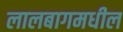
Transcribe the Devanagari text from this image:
लालबागमधील